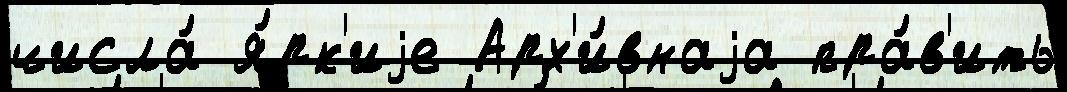
числа́ я́рк'иjе Арх'и́внаjа пра́в'ить